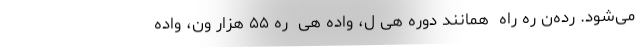
می‌شود. رده‌ن ره راه  همانند دوره ھی ل، واده ھی  ره ۵۵ ھزار ون، واده